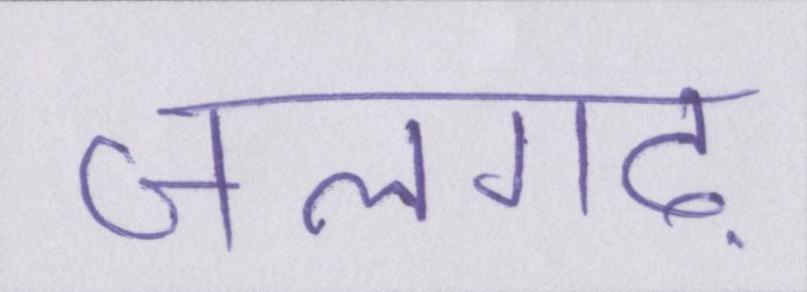
जलगढ़